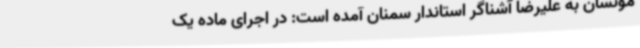
مونسان به علیرضا آشناگر استاندار سمنان آمده است: در اجرای ماده یک